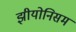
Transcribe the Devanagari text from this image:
झीयोनिसम